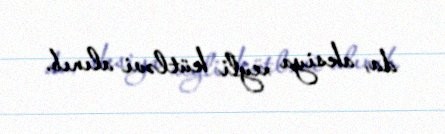
da, aksiya xeyli kütləvi alınıb.